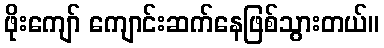
ဖိုးကျော် ကျောင်းဆက်နေဖြစ်သွားတယ်။